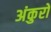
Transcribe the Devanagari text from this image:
अंकुरो